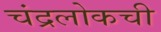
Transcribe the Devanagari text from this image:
चंद्रलोकची